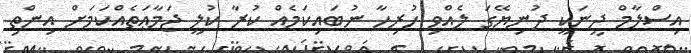
އިސްލާމް ދީނަކީ ދުނިޔޭގަ ލެއްވި ހުރިހާ ނުބައިކަމެއް ކުރާ ކުލީ ޖަމާޢަތެއްކަމަށް އިންތި